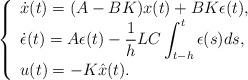
LaTeX: \begin{align*}\left\{\begin{array}{l}\dot{x}(t) = (A-BK) x(t) + BK \epsilon(t), \\\displaystyle \dot{\epsilon}(t) = A \epsilon(t) - \frac{1}{h} LC \int_{t-h}^t \epsilon(s) ds, \\u(t) = -K\hat{x}(t).\end{array}\right.\end{align*}